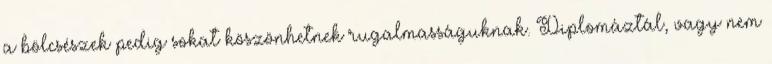
a bölcsészek pedig sokat köszönhetnek rugalmasságuknak. Diplomáztál, vagy nem